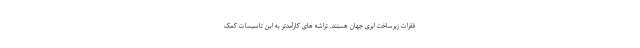
فقرات زیرساخت ابری جهان هستند. تراشه های کارآمدتر به این تاسیسات کمک